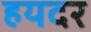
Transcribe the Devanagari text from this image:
हयदर